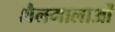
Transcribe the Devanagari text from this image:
शैलमालाओं